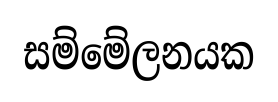
සම්මේලනයක